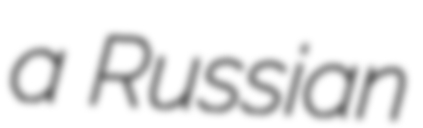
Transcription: a Russian